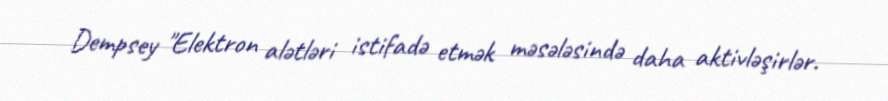
Dempsey "Elektron alətləri istifadə etmək məsələsində daha aktivləşirlər.